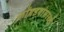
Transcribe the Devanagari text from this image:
कोंबडयांसारखे